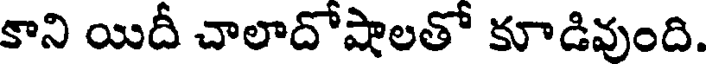
కాని యిదీ చాలాదోషాలతో కూడివుంది.